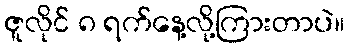
ဇူလိုင် ၈ ရက်နေ့လို့ကြားတာပဲ။